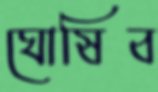
ঘোষিব